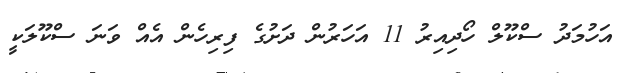
އަހުމަދު ސްކޫލް ހޯދިއިރު 11 އަހަރުން ދަށުގެ ފިރިހެން އެއް ވަނަ ސްކޫލަކީ